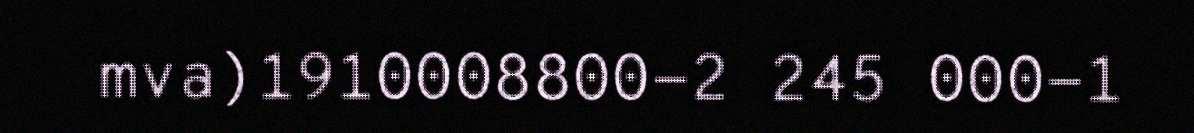
mva)1910008800-2 245 000-1